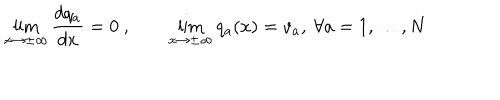
\lim _ { x \to \pm \infty } \frac { d q _ { a } } { d x } = 0 \ , \qquad \lim _ { x \to \pm \infty } q _ { a } ( x ) = v _ { a } , \ \forall a = 1 , \dots , N